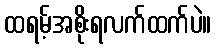
ထရမ့်အစိုးရလက်ထက်ပဲ။